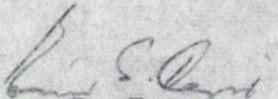
Eino S. Repo